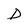
Character: D